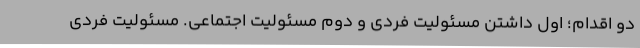
دو اقدام؛ اول داشتن مسئولیت فردی و دوم مسئولیت اجتماعی. مسئولیت فردی